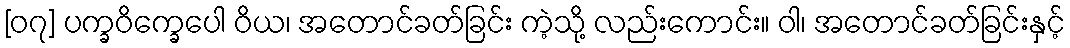
[၀၇] ပက္ခဝိက္ခေပေါ ဝိယ၊ အတောင်ခတ်ခြင်း ကဲ့သို့ လည်းကောင်း။ ဝါ၊ အတောင်ခတ်ခြင်းနှင့်